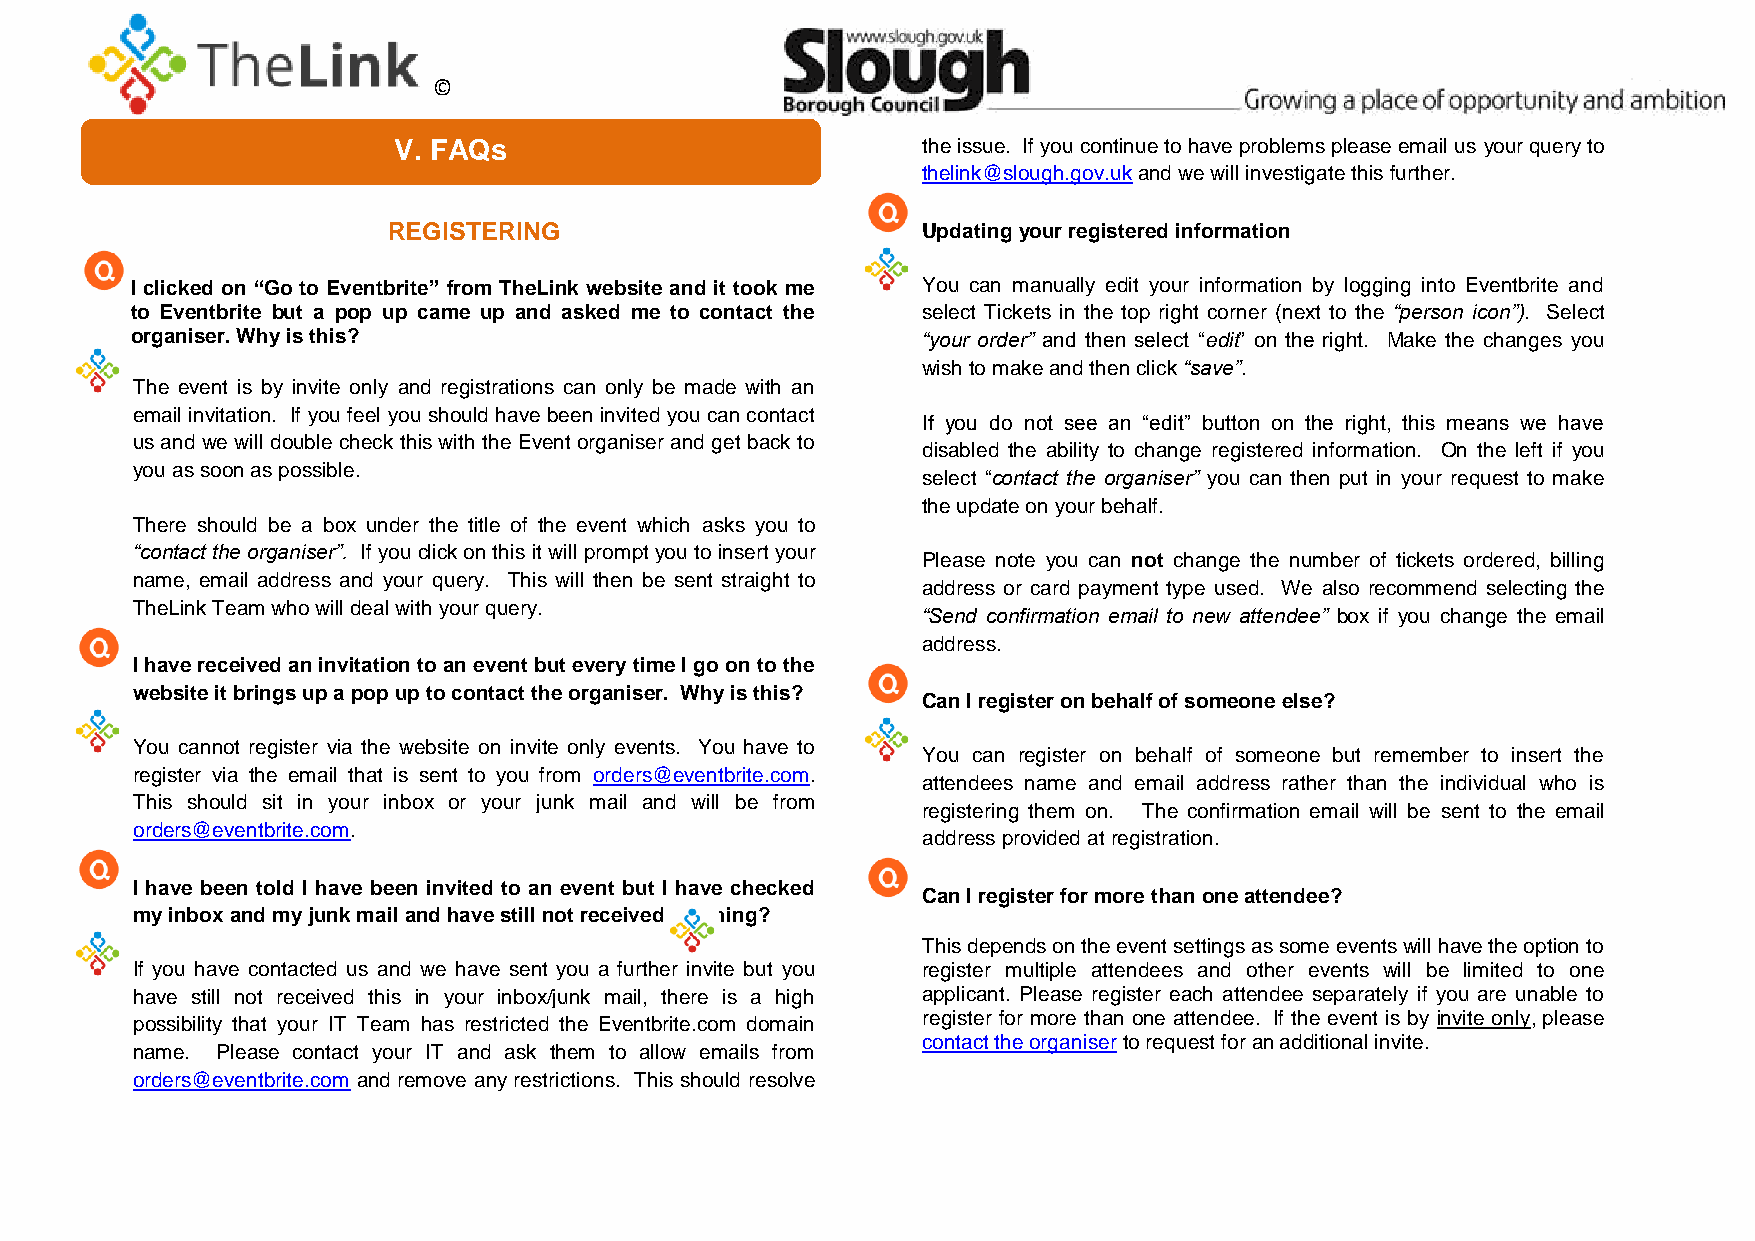
©
 V. FAQs                            the issue. If you continue to have problems please email us your query to
 thelink@slough.gov.uk and we will investigate this further.
 REGISTERING                        Updating your registered information
 I clicked on “Go to Eventbrite” from TheLink website and it took me You can manually edit your information by logging into Eventbrite and
 to Eventbrite but a pop up came up and asked me to contact the select Tickets in the top right corner (next to the “person icon”). Select
 organiser. Why is this?                             “your order” and then select “edit” on the right. Make the changes you
 wish to make and then click “save”.
 The event is by invite only and registrations can only be made with an
 email invitation. If you feel you should have been invited you can contact
 If you do not see an “edit” button on the right, this means we have
 us and we will double check this with the Event organiser and get back to
 disabled the ability to change registered information. On the left if you
 you as soon as possible.
 select “contact the organiser” you can then put in your request to make
 the update on your behalf.
 There should be a box under the title of the event which asks you to
 “contact the organiser”. If you click on this it will prompt you to insert your
 Please note you can not change the number of tickets ordered, billing
 name, email address and your query. This will then be sent straight to
 address or card payment type used. We also recommend selecting the
 TheLink Team who will deal with your query.
 “Send confirmation email to new attendee” box if you change the email
 address.
 I have received an invitation to an event but every time I go on to the
 website it brings up a pop up to contact the organiser. Why is this?
 Can I register on behalf of someone else?
 You cannot register via the website on invite only events. You have to
 You can register on behalf of someone but remember to insert the
 register via the email that is sent to you from orders@eventbrite.com.
 attendees name and email address rather than the individual who is
 This should sit in your inbox or your junk mail and will be from
 registering them on. The confirmation email will be sent to the email
 orders@eventbrite.com.
 address provided at registration.
 I have been told I have been invited to an event but I have checked
 Can I register for more than one attendee?
 my inbox and my junk mail and have still not received anything?
 This depends on the event settings as some events will have the option to
 If you have contacted us and we have sent you a further invite but you register multiple attendees and other events will be limited to one
 have still not received this in your inbox/junk mail, there is a high applicant. Please register each attendee separately if you are unable to
 possibility that your IT Team has restricted the Eventbrite.com domain register for more than one attendee. If the event is by invite only, please
 contact the organiser to request for an additional invite.
 name. Please contact your IT and ask them to allow emails from
 orders@eventbrite.com and remove any restrictions. This should resolve